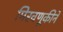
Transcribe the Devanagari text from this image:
मिरवणूकीने